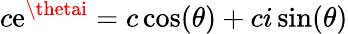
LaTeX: c\mathrm{e}^{\thetai}=c\cos(\theta)+ci\sin(\theta)